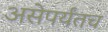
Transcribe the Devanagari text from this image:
असेपर्यंतच